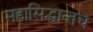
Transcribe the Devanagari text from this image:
महासिद्धान्तच